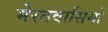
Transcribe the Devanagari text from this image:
मेरठवासियों